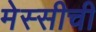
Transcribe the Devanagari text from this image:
मेस्सीची